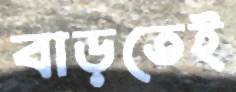
বাড়তেই